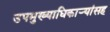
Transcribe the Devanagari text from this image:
उपमुख्याधिकाऱ्यांसह